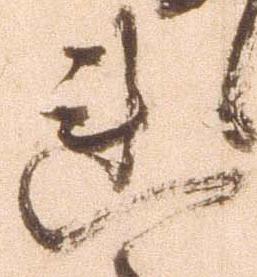
連